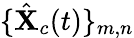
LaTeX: \{ \hat{\mathbf{X}}_{c}(t)\} _{m,n}